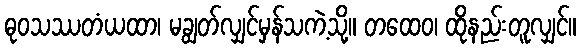
ဓုဝသဿတံယထာ၊ မချွတ်လျှင်မှန်သကဲ့သို့။ တထေဝ၊ ထိုနည်းတူလျှင်။